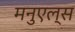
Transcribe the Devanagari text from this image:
मनुएल्स